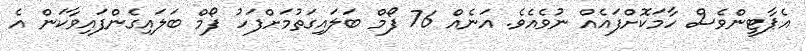
އެޕާޓީންވެސް ހާމަކޮށްފައެއް ނުވެއެވެ. އަނެއް 76 ފޯމް ބަލައިގަތުމަށްފަހު ފޯމް ބަލައިގެންފައިވާކަން އެ